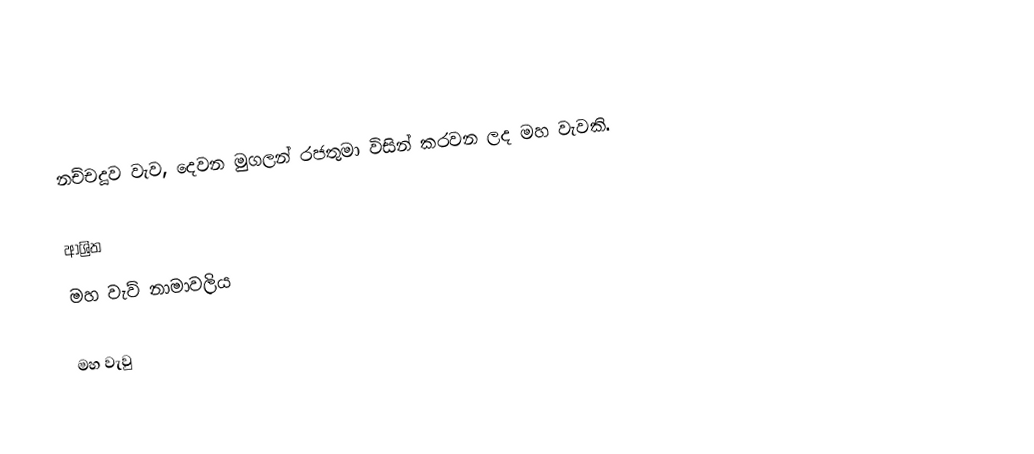
නච්චදූව වැ‍ව, දෙවන මුගලන් රජතුමා විසින් කරවන ලද මහ වැවකි.

ආශ්‍රිත
 මහ වැව් නාමාවලිය

මහ වැවු